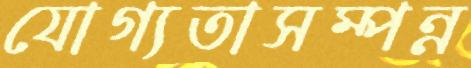
যোগ্যতাসম্পন্ন